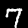
Label: 7